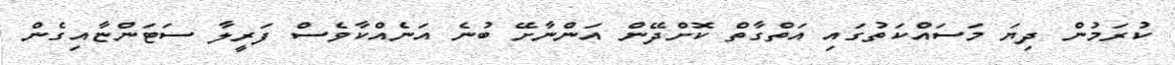
ކުރަމުން ދިޔަ މަސައްކަތުގައި އަތްގާތް ކޮށްދޭން އަންނާށޭ ބުނެ އަނެއްކާވެސް ފަރީލާ ސަޓަންޏާއިގެން